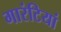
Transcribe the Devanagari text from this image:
गारंटियां